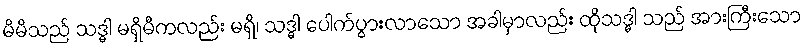
မိမိသည် သဒ္ဓါ မရှိမီကလည်း မရှိ၊ သဒ္ဓါ ပေါက်ပွားလာသော အခါမှာလည်း ထိုသဒ္ဓါ သည် အားကြီးသော